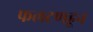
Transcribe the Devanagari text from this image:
फलटणहून